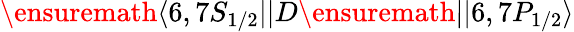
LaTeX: \ensuremath{\langle 6,7S_{1/2}||}D\ensuremath{||6,7P_{1/2}\rangle}